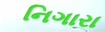
નિગારા